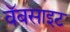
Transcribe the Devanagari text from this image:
वॅबसाइट